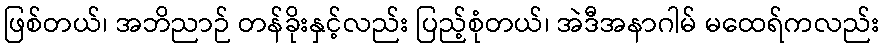
ဖြစ်တယ်၊ အဘိညာဉ် တန်ခိုးနှင့်လည်း ပြည့်စုံတယ်၊ အဲဒီအနာဂါမ် မထေရ်ကလည်း